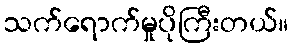
သက်ရောက်မှုပိုကြီးတယ်။